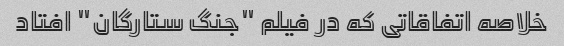
خلاصه اتفاقاتی که در فیلم "جنگ ستارگان" افتاد